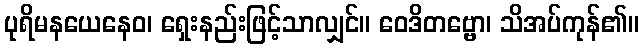
ပုရိမနယေနေဝ၊ ရှေးနည်းဖြင့်သာလျှင်။ ဝေဒိတဗ္ဗော၊ သိအပ်ကုန်၏။